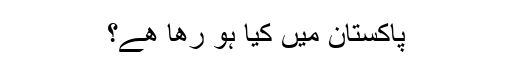
پاکستان میں کیا ہو رھا ھے؟